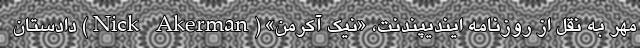
مهر به نقل از روزنامه ایندیپندنت، «نیک آکرمن» (Nick Akerman) دادستان